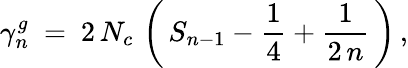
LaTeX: \gamma_{n}^{g}\ =\ 2\, N_{c}\, \left(\, S_{n-1}-\frac{1}{4}+\frac{1}{2\, n}\, \right)\, ,